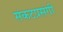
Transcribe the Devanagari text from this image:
संकटप्रसंगी